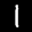
Label: 1